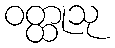
ဝတ္ထုသု